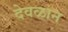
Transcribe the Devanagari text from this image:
देवळान